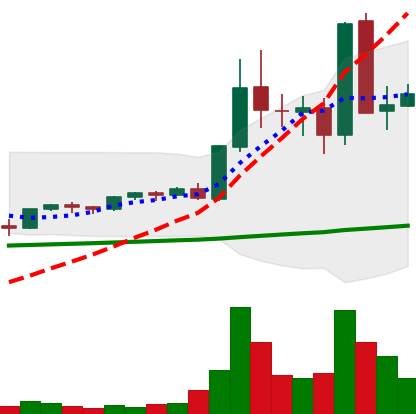
Ticker: EOS-USD
Chart end date: 2021-05-14
Forward return: -48.509%
Label: down_7plus